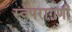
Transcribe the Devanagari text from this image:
स्वपरागणी